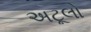
અટૂલો